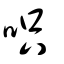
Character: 呮